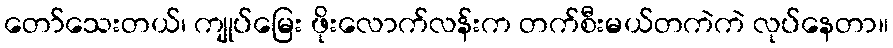
တော်သေးတယ်၊ ကျုပ်မြေး ဖိုးလောက်လန်းက တက်စီးမယ်တကဲကဲ လုပ်နေတာ။